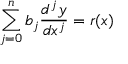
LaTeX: \sum _ { j = 0 } ^ { n } b _ { j } { \frac { d ^ { j } y } { d x ^ { j } } } = r ( x ) \,